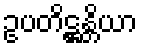
ဥပတိဋ္ဌန္တိယာ